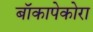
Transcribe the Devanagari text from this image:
बॉकापेकोरा